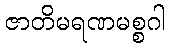
ဇာတိမရဏမစ္စဂါ